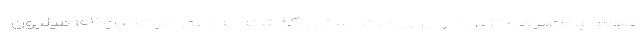
مجموع، مصرف بنزین در ایران در تابستان گذشته به طور میانگین ۱۰۲ میلیون